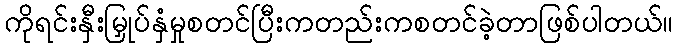
ကိုရင်းနှီးမြှုပ်နှံမှုစတင်ပြီးကတည်းကစတင်ခဲ့တာဖြစ်ပါတယ်။